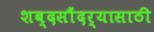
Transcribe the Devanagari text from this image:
शब्दसौंदर्यासाठी